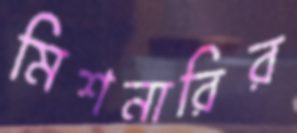
মিশনারির